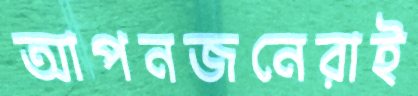
আপনজনেরাই